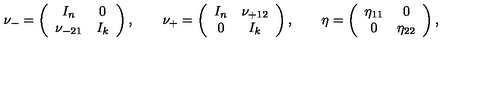
\nu _ { - } = \left( \begin{array} { c c } { I _ { n } } & { 0 } \\ { \nu _ { - 2 1 } } & { I _ { k } } \\ \end{array} \right) , \qquad \nu _ { + } = \left( \begin{array} { c c } { I _ { n } } & { \nu _ { + 1 2 } } \\ { 0 } & { I _ { k } } \\ \end{array} \right) , \qquad \eta = \left( \begin{array} { c c } { \eta _ { 1 1 } } & { 0 } \\ { 0 } & { \eta _ { 2 2 } } \\ \end{array} \right) ,